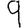
Digit: 9